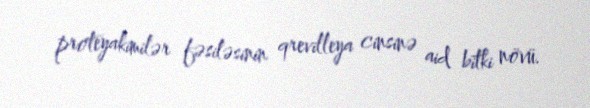
proteyakimilər fəsiləsinin qrevilleya cinsinə aid bitki növü.